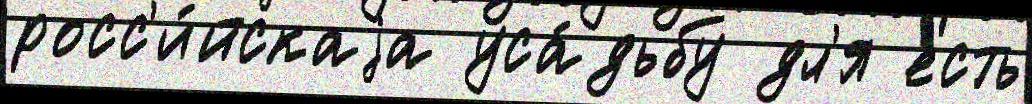
росс'и́йскаjа уса́дьбу дл'я есть